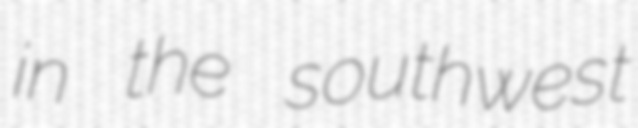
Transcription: in the southwest